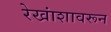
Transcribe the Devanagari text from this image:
रेखांशावरून